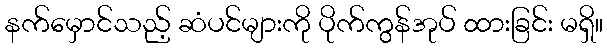
နက်မှောင်သည့် ဆံပင်များကို ပိုက်ကွန်အုပ် ထားခြင်း မရှိ။